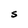
Character: S